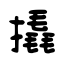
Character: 撬